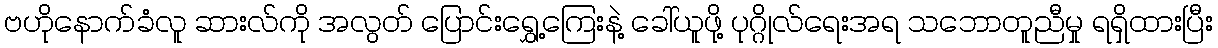
ဗဟိုနောက်ခံလူ ဆားလ်ကို အလွတ် ပြောင်းရွှေ့ကြေးနဲ့ ခေါ်ယူဖို့ ပုဂ္ဂိုလ်ရေးအရ သဘောတူညီမှု ရရှိထားပြီး